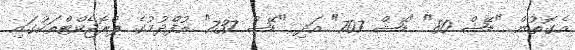
އެގޮތުން "ޑޭޝް 80" "ޑޭޝް 707" އަދި "ޑޭޝް 737" އުފެްދުމުގެ ޕްރޮޖެކްޓްތަކުގައި